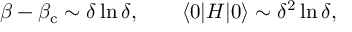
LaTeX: \beta - \beta _ { \mathrm { c } } \sim \delta \ln \delta , \qquad \langle 0 | H | 0 \rangle \sim \delta ^ { 2 } \ln \delta ,